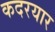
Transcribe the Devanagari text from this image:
कदरयार